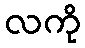
လကို